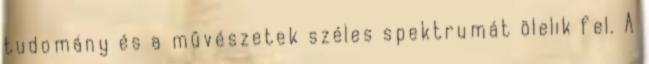
tudomány és a mûvészetek széles spektrumát ölelik fel. A